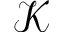
\mathcal { K }